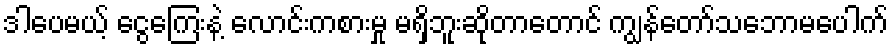
ဒါပေမယ့် ငွေကြေးနဲ့ လောင်းကစားမှု မရှိဘူးဆိုတာတောင် ကျွန်တော်သဘောမပေါက်